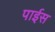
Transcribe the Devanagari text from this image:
पाईस